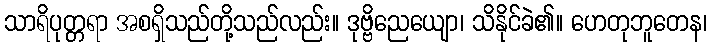
သာရိပုတ္တရာ အစရှိသည်တို့သည်လည်း။ ဒုဗ္ဗိညေယျော၊ သိနိုင်ခဲ၏။ ဟေတုဘူတေန၊